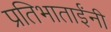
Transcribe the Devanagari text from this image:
प्रतिभाताईंनी